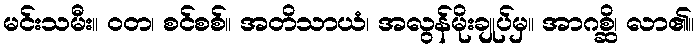
မင်းသမီး။ ဝတ၊ စင်စစ်။ အတိသာယံ၊ အလွန်မိုးချုပ်မှ။ အာဂစ္ဆိ၊ လာ၏။